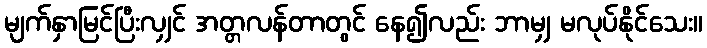
မျက်နှာမြင်ပြီးလျှင် အတ္တလန်တာတွင် နေ၍လည်း ဘာမျှ မလုပ်နိုင်သေး။